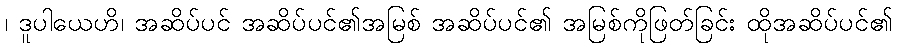
၊ ဒူပါယေဟိ၊ အဆိပ်ပင် အဆိပ်ပင်၏အမြစ် အဆိပ်ပင်၏ အမြစ်ကိုဖြတ်ခြင်း ထိုအဆိပ်ပင်၏